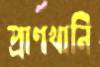
প্রাণখানি